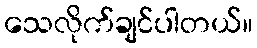
သေလိုက်ချင်ပါတယ်။